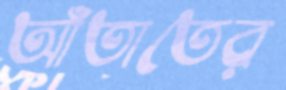
আঁতাতের